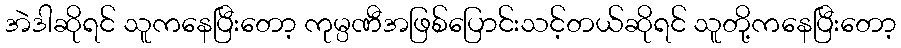
အဲဒါဆိုရင် သူကနေပြီးတော့ ကုမ္ပဏီအဖြစ်ပြောင်းသင့်တယ်ဆိုရင် သူတို့ကနေပြီးတော့